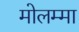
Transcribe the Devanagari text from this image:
मोलम्मा